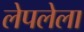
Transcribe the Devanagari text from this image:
लेपलेला